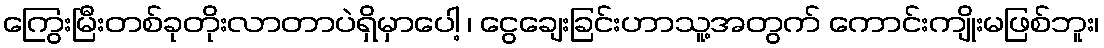
ကြွေးမြီးတစ်ခုတိုးလာတာပဲရှိမှာပေါ့ ၊ ငွေချေးခြင်းဟာသူ့အတွက် ကောင်းကျိုးမဖြစ်ဘူး၊